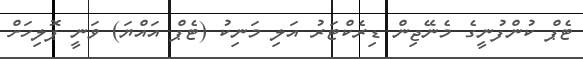
ޓެޕް ކުންފުނީގެ މެނޭޖިން ޑިރެކްޓަރު އަލި މަނިކު (ޓެޕް އައްޔަ) ވަނީ ޕޮލިހަށް